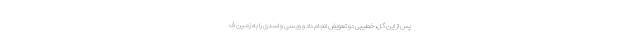
پس از این گل، خطیبی دو تعویض انجام داد و ویسی و اسدی را به زمین ف